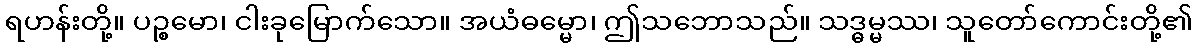
ရဟန်းတို့။ ပဉ္စမော၊ ငါးခုမြောက်သော။ အယံဓမ္မော၊ ဤသဘောသည်။ သဒ္ဓမ္မဿ၊ သူတော်ကောင်းတို့၏